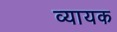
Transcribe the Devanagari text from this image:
व्यायक